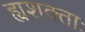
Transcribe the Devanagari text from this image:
ह्यशक्ताः